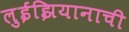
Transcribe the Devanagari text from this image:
लुईझियानाची